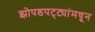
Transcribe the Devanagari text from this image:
झोपडपट्ट्यांमधून